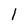
Character: l